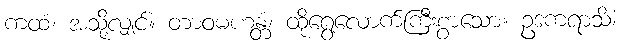
ကထံ၊ အသို့လျှင်။ တာဝမဟန္တံ၊ ထိုရွေ့လောက်ကြီးစွာသော။ ဥဒကရာသိံ၊